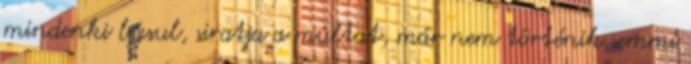
mindenki búsul, siratja a múltat, már nem történik semmi